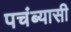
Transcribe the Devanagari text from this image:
पचंब्यासी